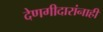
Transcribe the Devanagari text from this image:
देणगीदारांनाही